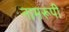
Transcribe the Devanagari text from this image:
नामरूपी